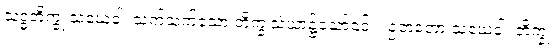
သုဒ္ဓဘိက္ခု သံဃေဝါ၊ သက်သက်သော ဘိက္ခုသံဃာ၌သော်၎င်း။ ဥဘတော သံဃေဝါ၊ ဘိက္ခု